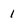
Character: 1